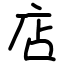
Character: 店